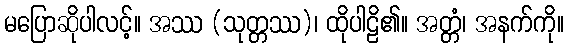
မပြောဆိုပါလင့်။ အဿ (သုတ္တဿ)၊ ထိုပါဠိ၏။ အတ္တံ၊ အနက်ကို။